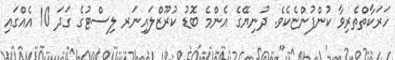
ހަރަކާތްތެރިވާ ކުންފުންޏެކެވެ. ދުނިޔޭގެ އެންމެ ބޮޑު ކުރޫޒްލައިނަރ ލިސްޓުގެ ގަދަ 10 އެއްގައި